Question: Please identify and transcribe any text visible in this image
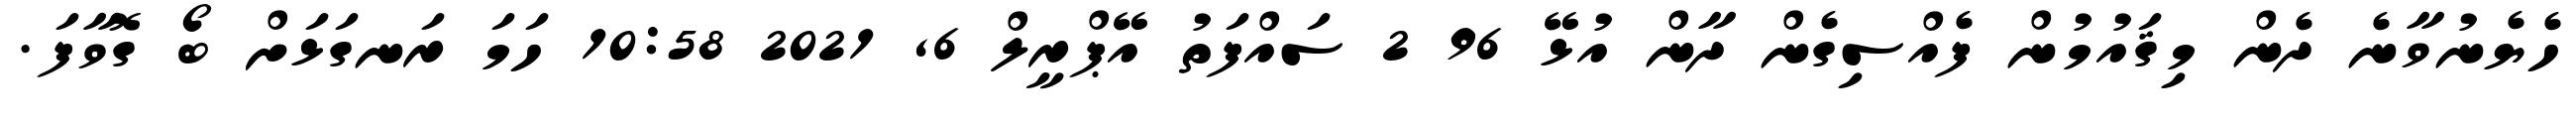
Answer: ހެޔެނުވާނެ ދެން މިޤައުމުން ފެއްސިގެން ދާން އުޅޭ 96 2 ސައްފަތު އޭޕްރީލް 6, 2021 10:58 ހަމަ ރަނގަޅަށް ބޯ ގޮވާފަ.